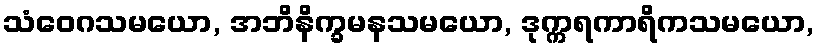
သံဝေဂသမယော, အဘိနိက္ခမနသမယော, ဒုက္ကရကာရိကသမယော,